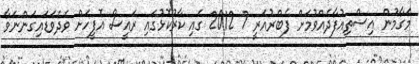
މަގާމުން އިސްތިއުފާދެއްވުމަށް ފެބްރުއަރީ 7 2012 ގައި ކާރުކޮޅުގައި ރައީސް އޮފީހަށް ވެދެވަޑައިގަންނަވާ